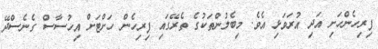
ފިރިހެންހަށި އަދި އުރަވަޅި އެވެ. މިބެލުންތަކުގެ ތެރޭގައި ފިރިހެން ހަށްޓަށް އިހުސާސް ގެނެސްދޭ